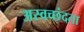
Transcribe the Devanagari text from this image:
अस्वच्छंदता